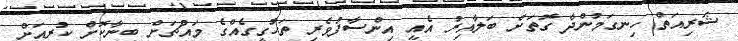
ޝަރިއަތް ހިނގަމުންދާ ގޮތަށް ބަލާއިރު އެއީ އިންސާފުވެރި ތަހުގީގެއްގެ މައްޗަށް ބިނާކޮށް ކުރިއަށް